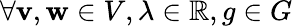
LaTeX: \forall\mathbf{v},\mathbf{w}\in V,\lambda\in\mathbb{R},g\in G